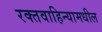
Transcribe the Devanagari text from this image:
रक्तवाहिन्यामधील